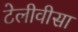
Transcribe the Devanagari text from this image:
टेलीवीसा